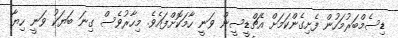
ޑިސެމްބަރުމަހުން ފެށިގެންކަމަށް އެޗްޑީސީން ވަނީ ހާމަކޮށްފައެވެ. މިހާރުވެސް ގިނަ ބަޔަކު ވަނީ ހިޔާ